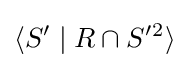
\langle S'\mid R\cap S'{}^{2}\rangle